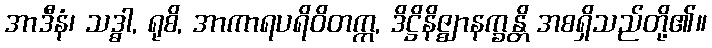
အာဒီနံ၊ သဒ္ဓါ, ရုစိ, အာကာရပရိဝိတက္က, ဒိဋ္ဌိနိဇ္ဈာနက္ခန္တိ အစရှိသည်တို့၏။